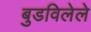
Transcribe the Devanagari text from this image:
बुडविलेले